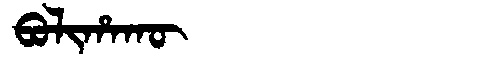
Manchu: ᠪᠣᠯᡳᡥᠠᡴᡡ
Romanization: BOLIHAKŪ